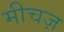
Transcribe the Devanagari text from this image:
मीचज़